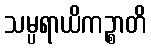
သမ္ပရာယိကဉ္စာတိ